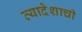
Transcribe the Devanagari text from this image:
त्यादेशाची